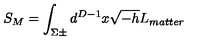
S _ { M } = \int _ { \Sigma \pm } d ^ { D - 1 } x \sqrt { - h } L _ { m a t t e r }